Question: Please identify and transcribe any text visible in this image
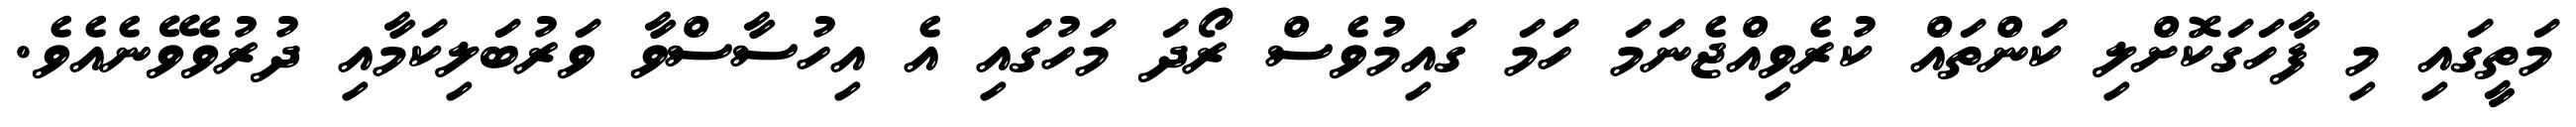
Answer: މަތީގައި މި ފާހަގަކޮށްލި ކަންތައް ކުރެވިއްޖެނަމަ ހަމަ ގައިމުވެސް ރޯދަ މަހުގައި އެ އިހުސާސްވާ ވަރުބަލިކަމާއި ދުރުވެވޭނެއެވެ.